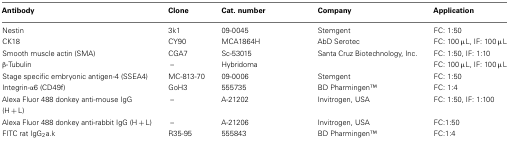
<table><thead><tr><td><b>Antibody</b></td><td><b>Clone</b></td><td><b>Cat. number</b></td><td><b>Company</b></td><td><b>Application</b></td></tr></thead><tbody><tr><td>Nestin</td><td>3k1</td><td>09-0045</td><td>Stemgent</td><td>FC: 1:50</td></tr><tr><td>CK18</td><td>CY90</td><td>MCA1864H</td><td>AbD Serotec</td><td>FC: 100 μL, IF: 100 μL</td></tr><tr><td>Smooth muscle actin (SMA)</td><td>CGA7</td><td>Sc-53015</td><td>Santa Cruz Biotechnology, Inc.</td><td>FC: 1:50, IF: 1:10</td></tr><tr><td>β-Tubulin</td><td>–</td><td>Hybridoma</td><td></td><td>FC: 100 μL, IF: 100 μL</td></tr><tr><td>Stage specific embryonic antigen-4 (SSEA4)</td><td>MC-813-70</td><td>09-0006</td><td>Stemgent</td><td>FC: 1:50</td></tr><tr><td>Integrin-α6 (CD49f)</td><td>GoH3</td><td>555735</td><td>BD PharmingenTM</td><td>FC: 1:4</td></tr><tr><td>Alexa Fluor 488 donkey anti-mouse IgG (H + L)</td><td>–</td><td>A-21202</td><td>Invitrogen, USA</td><td>FC: 1:50, IF: 1:100</td></tr><tr><td>Alexa Fluor 488 donkey anti-rabbit IgG (H + L)</td><td>–</td><td>A-21206</td><td>Invitrogen, USA</td><td>FC:1:50</td></tr><tr><td>FITC rat IgG<sub>2</sub>a.k</td><td>R35-95</td><td>555843</td><td>BD PharmingenTM</td><td>FC:1:4</td></tr></tbody></table>